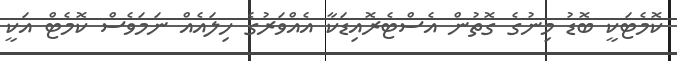
ކޮމެޓަކީ ބޮޑު މިނުގެ ގޮތުން އެސްޓެރޮއިޑަކާ އެއްވަރުގެ ހިލައެއް ނަމަވެސް ކޮމެޓް އަކީ